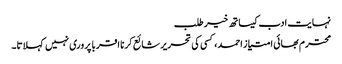
نہایت ادب کیساتھ خیر طلب
محترم بھائی امتیاز احمد، کسی کی تحریر شائع کرنا اقربا پروری نہیں کہلاتا۔